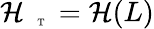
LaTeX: \mathcal{H}_{\mathrm{~\tiny~\textnormal~{~T~}~}}=\mathcal{H}(L)